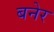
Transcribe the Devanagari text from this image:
बनेर